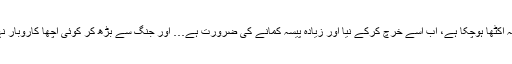
پیسہ اکٹھا ہوچکا ہے، اب اسے خرچ کرکے نیا اور زیادہ پیسہ کمانے کی ضرورت ہے… اور جنگ سے بڑھ کر کوئی اچھا کاروبار نہیں۔